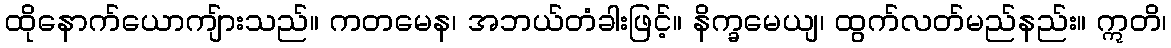
ထိုနောက်ယောကျ်ားသည်။ ကတမေန၊ အဘယ်တံခါးဖြင့်။ နိက္ခမေယျ၊ ထွက်လတ်မည်နည်း။ ဣတိ၊